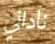
ناداني